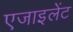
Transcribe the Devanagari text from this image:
एजाइलेंट